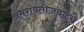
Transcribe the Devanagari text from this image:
अमरावतीजवळचे